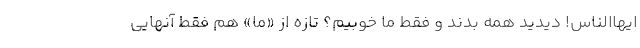
ایها‌الناس! دیدید همه بَدند و فقط ما خوبیم؟ تازه از «ما» هم فقط آنهایی